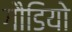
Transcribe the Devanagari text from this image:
गौडियो